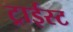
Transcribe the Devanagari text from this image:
ट्राईस्ट